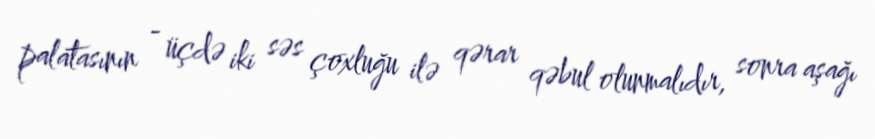
palatasının - üçdə iki səs çoxluğu ilə qərar qəbul olunmalıdır, sonra aşağı